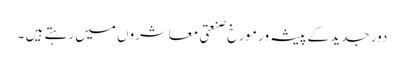
دور جدید کے پیشہ ور مورخ صنعتی معاشروں میں رہتے ہیں ۔